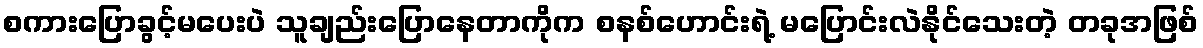
စကားပြောခွင့်မပေးပဲ သူချည်းပြောနေတာကိုက စနစ်ဟောင်းရဲ့ မပြောင်းလဲနိုင်သေးတဲ့ တခုအဖြစ်